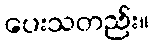
ပေးသတည်း။